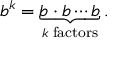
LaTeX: b ^ { k } = \underbrace { b \cdot b \cdots b } _ { k \; { \mathrm { f a c t o r s } } } .